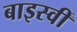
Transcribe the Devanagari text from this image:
बाइस्वीं